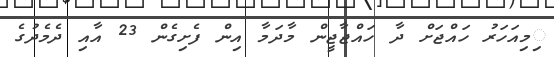
ިމިއަހަރު ހައްޖަށް ދާ ހައްޖާޖީން މާދަމާ އިން ފެށިގެން 23 އާއި ދެމެދުގެ